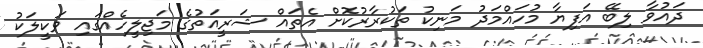
ދައުވާ ލިބޭ އަފިޔާ މުހައްމަދު މަނިކު ތަކުރާރުކޮށް އެތައް ޝަރީއަތުގެ މަޖިލީހެއްގައި ވަކީލަކު